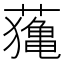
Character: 𦿷